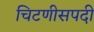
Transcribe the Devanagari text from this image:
चिटणीसपदी